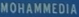
MOHAMMEDIA